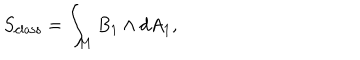
S _ { \mathrm { c l a s s } } = \int _ { M } B _ { 1 } \wedge d A _ { 1 } ,